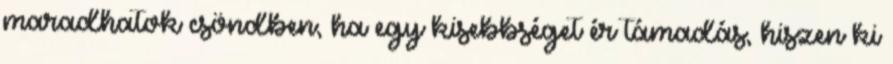
maradhatok csöndben, ha egy kisebbséget ér támadás, hiszen ki